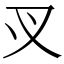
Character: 㕚